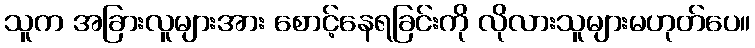
သူက အခြားလူများအား စောင့်နေရခြင်းကို လိုလားသူများမဟုတ်ပေ။